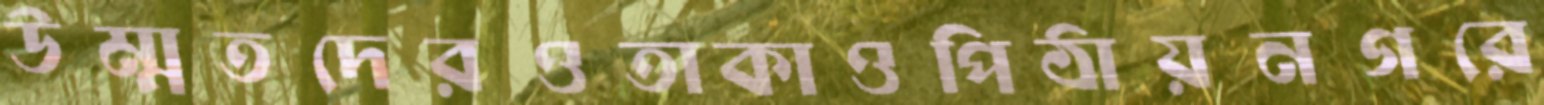
উম্মতদেরওতাকাওপিঠায়নগরে